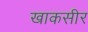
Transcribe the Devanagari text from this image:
खाकसीर